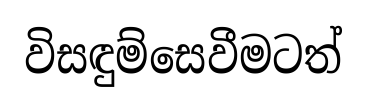
විසඳුම්සෙවීමටත්